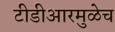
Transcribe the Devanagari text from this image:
टीडीआरमुळेच